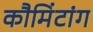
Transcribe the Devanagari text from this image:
कौमिंटांग